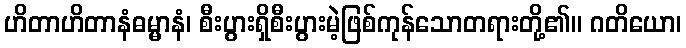
ဟိတာဟိတာနံဓမ္မာနံ၊ စီးပွားရှိစီးပွားမဲ့ဖြစ်ကုန်သောတရားတို့၏။ ဂတိယော၊